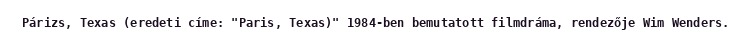
Párizs, Texas (eredeti címe: "Paris, Texas)" 1984-ben bemutatott filmdráma, rendezője Wim Wenders.